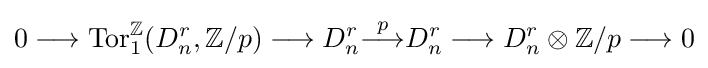
0\longrightarrow \operatorname {Tor} _{1}^{\mathbb {Z} }(D_{n}^{r},\mathbb {Z} /p)\longrightarrow D_{n}^{r}{\overset {p}{\longrightarrow }}D_{n}^{r}\longrightarrow D_{n}^{r}\otimes \mathbb {Z} /p\longrightarrow 0